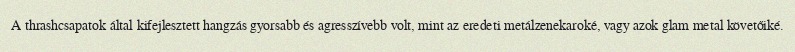
A thrashcsapatok által kifejlesztett hangzás gyorsabb és agresszívebb volt, mint az eredeti metálzenekaroké, vagy azok glam metal követőiké.